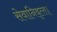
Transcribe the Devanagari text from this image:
सेवानिवृत्‍त।